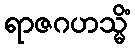
ရာဇဂဟသ္မိံ